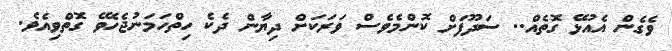
ވެގެން އެއުޅޭ ގޮތެއް.. ސަދޫފަަށް ކޮންމެވެސް ވަރަކަށް ދިޔާން ދެކެ ހިތްހަމަނުޖެހެވޭ ގޮތްވިއެވެ.